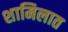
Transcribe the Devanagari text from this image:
शामिलात